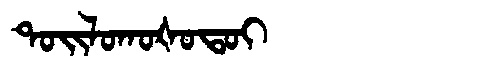
Manchu: ᡨᠣᡳᠯᠣᡴᠣᡧᠣᡨᠣᡳ
Romanization: TOILOKOŠOTOI